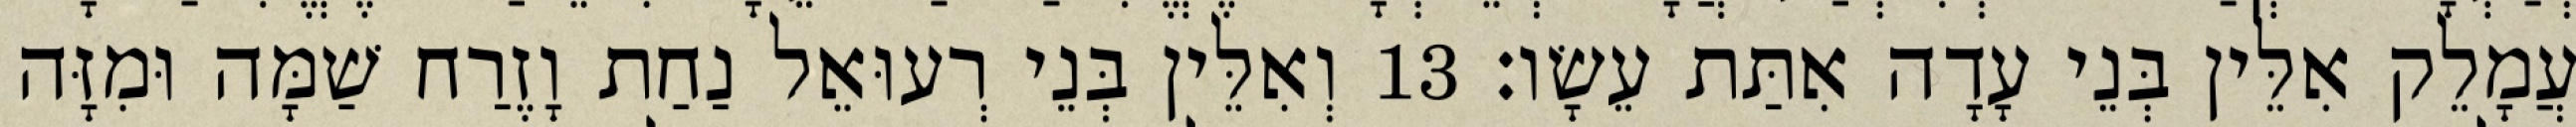
עֲמָלֵק אִלֵּין בְּנֵי עָדָה אִתַּת עֵשָׂו׃ 13 וְאִלֵּין בְּנֵי רְעוּאֵל נַחַת וָזֶרַח שַׁמָּה וּמִזָּה